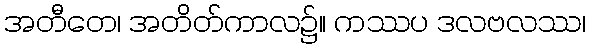
အတီတေ၊ အတိတ်ကာလ၌။ ကဿပ ဒလဗလဿ၊